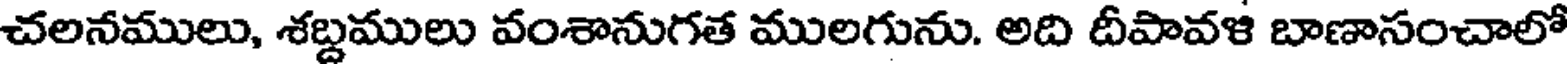
చలనములు, శబ్దములు వంశానుగత ములగును. అది దీపావళ బాణాసంచాలో